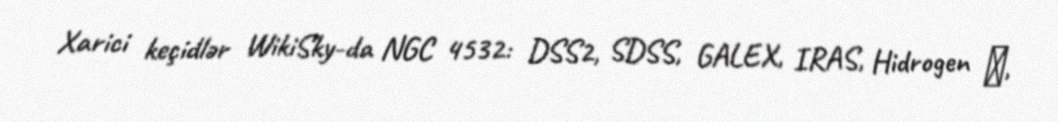
Xarici keçidlər WikiSky-da NGC 4532: DSS2, SDSS, GALEX, IRAS, Hidrogen α,